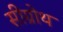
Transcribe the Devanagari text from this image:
सीग्रोथ